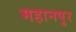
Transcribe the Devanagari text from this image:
महानपुर